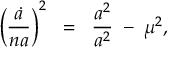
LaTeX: \left( \frac { \dot { a } } { n a } \right) ^ { 2 } \; \; = \; \; \frac { a ^ { 2 } } { a ^ { 2 } } \; - \; \mu ^ { 2 } ,